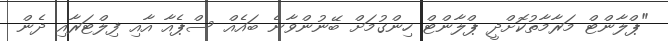
"ޕްލާންޓް މަރާމާތުކޮށްދީ ޕްލާންޓް ހިންގުމަށް ބޭނުންވާނެ ބައެއް ސްޕެއާ އާއި ފިލްޓަރާއި ދެން